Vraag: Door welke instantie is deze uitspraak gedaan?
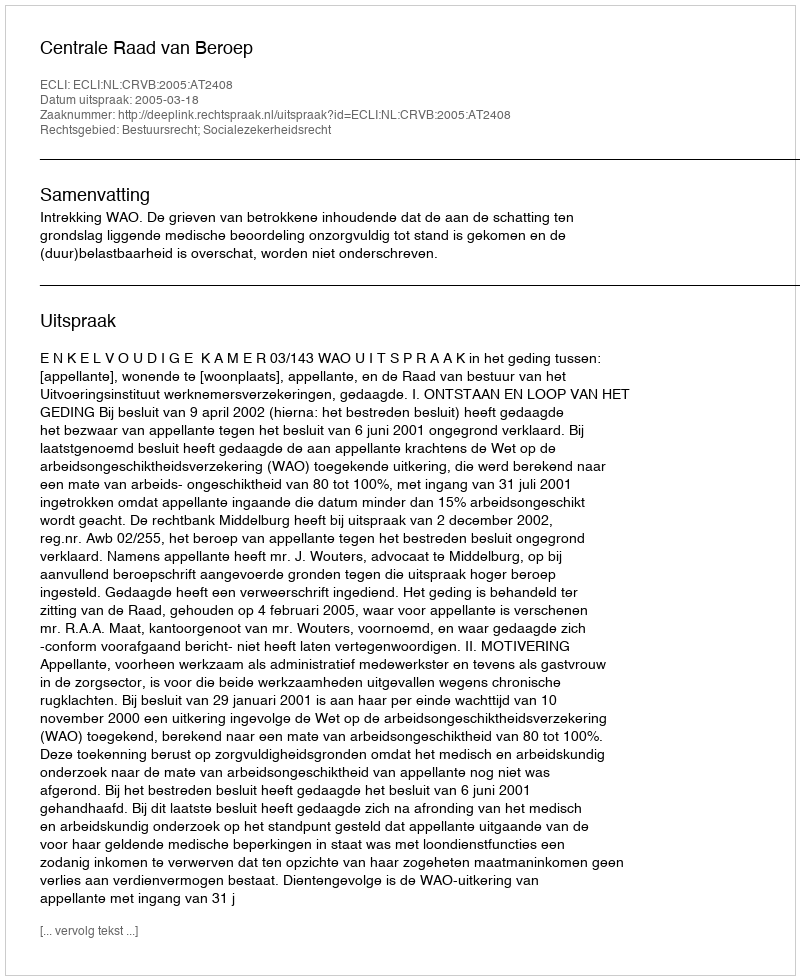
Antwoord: Centrale Raad van Beroep